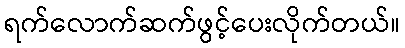
ရက်လောက်ဆက်ဖွင့်ပေးလိုက်တယ်။